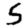
Digit: 5